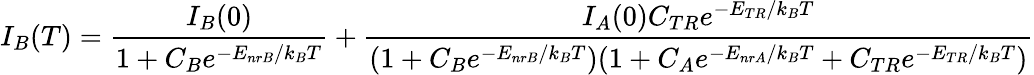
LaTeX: I_{B}(T)=\frac{I_{B}(0)}{1+C_{B}e^{-E_{nrB}/k_{B}T}}+\frac{I_{A}(0)C_{TR}e^{-E_{TR}/k_{B}T}}{(1+C_{B}e^{-E_{nrB}/k_{B}T})(1+C_{A}e^{-E_{nrA}/k_{B}T}+C_{TR}e^{-E_{TR}/k_{B}T})}